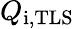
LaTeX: Q_{\mathrm{i,TLS}}